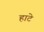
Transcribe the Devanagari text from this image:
हाटे